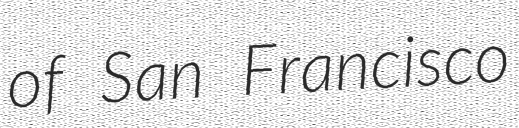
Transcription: of San Francisco